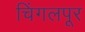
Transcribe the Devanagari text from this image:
चिंगलपूर